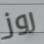
روز